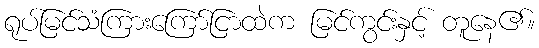
ရုပ်မြင်သံကြားကြော်ငြာထဲက မြင်ကွင်းနှင့် တူနေ၏။